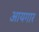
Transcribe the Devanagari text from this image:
आयगार